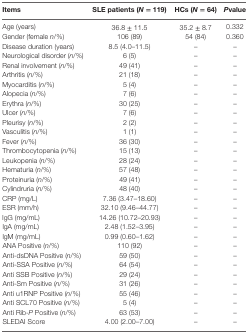
<table><thead><tr><td><b>Items</b></td><td><b>SLE patients (<i>N</i> = 119)</b></td><td><b>HCs (<i>N</i> = 64)</b></td><td><b><i>P</i>value</b></td></tr></thead><tbody><tr><td>Age (years)</td><td>36.8 ± 11.5</td><td>35.2 ± 8.7</td><td>0.332</td></tr><tr><td>Gender (female <i>n</i>/%)</td><td>106 (89)</td><td>54 (84)</td><td>0.360</td></tr><tr><td>Disease duration (years)</td><td>8.5 (4.0–11.5)</td><td>–</td><td>–</td></tr><tr><td>Neurological disorder (<i>n</i>/%)</td><td>6 (5)</td><td>–</td><td>–</td></tr><tr><td>Renal involvement (<i>n</i>/%)</td><td>49 (41)</td><td>–</td><td>–</td></tr><tr><td>Arthritis (<i>n</i>/%)</td><td>21 (18)</td><td>–</td><td>–</td></tr><tr><td>Myocarditis (<i>n</i>/%)</td><td>5 (4)</td><td>–</td><td>–</td></tr><tr><td>Alopecia (<i>n</i>/%)</td><td>7 (6)</td><td>–</td><td>–</td></tr><tr><td>Erythra (<i>n</i>/%)</td><td>30 (25)</td><td>–</td><td>–</td></tr><tr><td>Ulcer (<i>n</i>/%)</td><td>7 (6)</td><td>–</td><td>–</td></tr><tr><td>Pleurisy (<i>n</i>/%)</td><td>2 (2)</td><td>–</td><td>–</td></tr><tr><td>Vasculitis (<i>n</i>/%)</td><td>1 (1)</td><td>–</td><td>–</td></tr><tr><td>Fever (<i>n</i>/%)</td><td>36 (30)</td><td>–</td><td>–</td></tr><tr><td>Thrombocytopenia (<i>n</i>/%)</td><td>15 (13)</td><td>–</td><td>–</td></tr><tr><td>Leukopenia (<i>n</i>/%)</td><td>28 (24)</td><td>–</td><td>–</td></tr><tr><td>Hematuria (<i>n</i>/%)</td><td>57 (48)</td><td>–</td><td>–</td></tr><tr><td>Proteinuria (<i>n</i>/%)</td><td>49 (41)</td><td>–</td><td>–</td></tr><tr><td>Cylindruria (<i>n</i>/%)</td><td>48 (40)</td><td>–</td><td>–</td></tr><tr><td>CRP (mg/L)</td><td>7.36 (3.47–18.60)</td><td>–</td><td>–</td></tr><tr><td>ESR (mm/h)</td><td>32.10 (9.46–44.77)</td><td>–</td><td>–</td></tr><tr><td>lgG (mg/mL)</td><td>14.26 (10.72–20.93)</td><td>–</td><td>–</td></tr><tr><td>lgA (mg/mL)</td><td>2.48 (1.52–3.95)</td><td>–</td><td>–</td></tr><tr><td>lgM (mg/mL)</td><td>0.99 (0.60–1.62)</td><td>–</td><td>–</td></tr><tr><td>ANA Positive (<i>n</i>/%)</td><td>110 (92)</td><td>–</td><td>–</td></tr><tr><td>Anti-dsDNA Positive (<i>n</i>/%)</td><td>59 (50)</td><td>–</td><td>–</td></tr><tr><td>Anti-SSA Positive (<i>n</i>/%)</td><td>64 (54)</td><td>–</td><td>–</td></tr><tr><td>Anti SSB Positive (<i>n</i>/%)</td><td>29 (24)</td><td>–</td><td>–</td></tr><tr><td>Anti-Sm Positive (<i>n</i>/%)</td><td>31 (26)</td><td>–</td><td>–</td></tr><tr><td>Anti u1RNP Positive (<i>n</i>/%)</td><td>55 (46)</td><td>–</td><td>–</td></tr><tr><td>Anti SCL70 Positive (<i>n</i>/%)</td><td>5 (4)</td><td>–</td><td>–</td></tr><tr><td>Anti Rib-<i>P</i> Positive (<i>n</i>/%)</td><td>63 (53)</td><td>–</td><td>–</td></tr><tr><td>SLEDAI Score</td><td>4.00 (2.00–7.00)</td><td>–</td><td>–</td></tr></tbody></table>